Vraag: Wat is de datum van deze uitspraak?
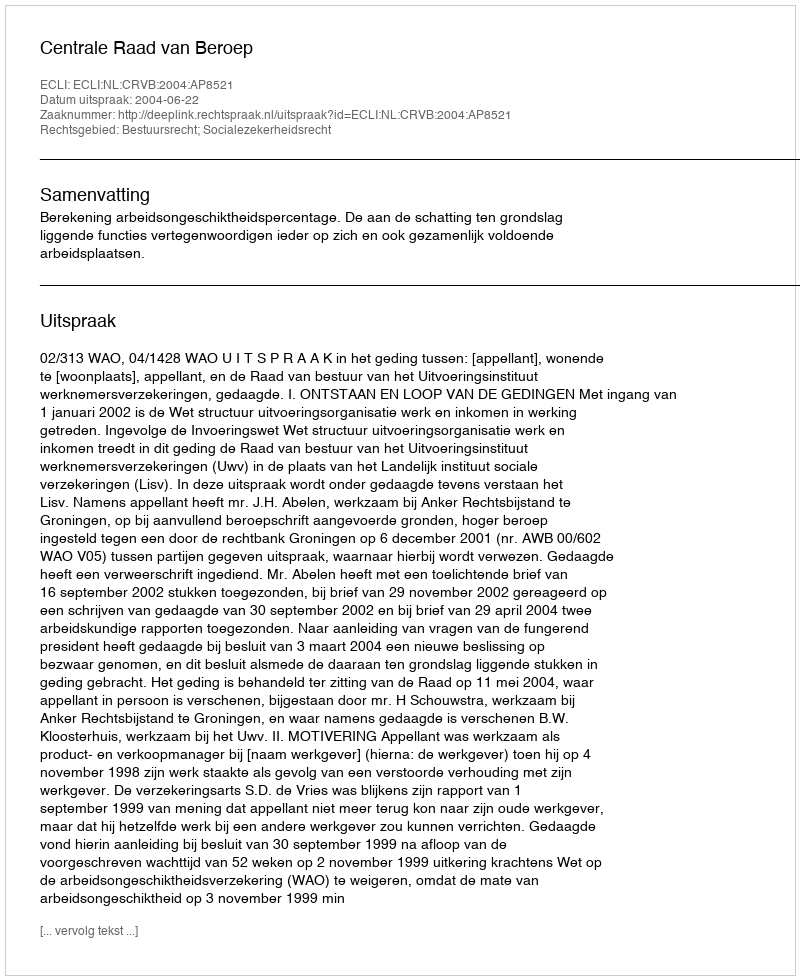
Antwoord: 2004-06-22